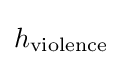
h_{\text{violence}}